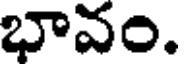
భావం.